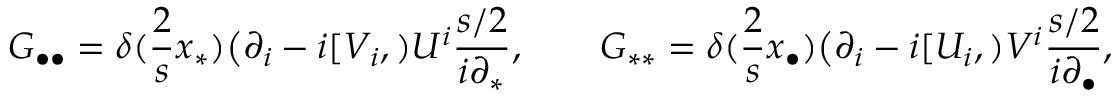
{ \cal G } _ { \bullet \bullet } = \delta ( { \frac { 2 } { s } } x _ { \ast } ) \big ( \partial _ { i } - i [ V _ { i } , ) U ^ { i } { \frac { s / 2 } { i \partial _ { \ast } } } , \qquad { \cal G } _ { \ast \ast } = \delta ( { \frac { 2 } { s } } x _ { \bullet } ) \big ( \partial _ { i } - i [ U _ { i } , ) V ^ { i } { \frac { s / 2 } { i \partial _ { \bullet } } } ,